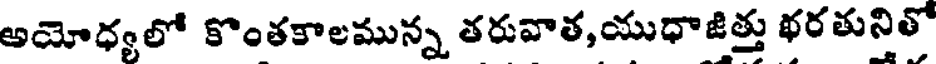
అయోధ్యలో కొంతకాలమున్న తరువాత,యుధాజిత్తు భరతునితో